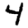
Digit: 4